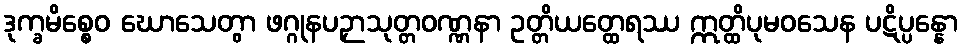
ဒုက္ခမိစ္စေဝ ဃောသေတွာ ဖဂ္ဂုနပဉှာသုတ္တဝဏ္ဏနာ ဥတ္တိယတ္ထေရဿ ဣတ္ထိပုမဝသေန ပဋိပ္ပန္နော